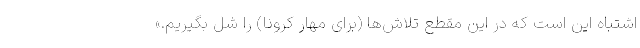
اشتباه این است که در این مقطع تلاش‌ها (برای مهار کرونا) را شل بگیریم.»